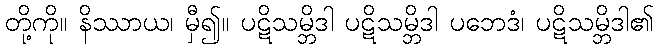
တို့ကို။ နိဿာယ၊ မှီ၍။ ပဋိသမ္ဘိဒါ ပဋိသမ္ဘိဒါ ပဘေဒံ၊ ပဋိသမ္ဘိဒါ၏